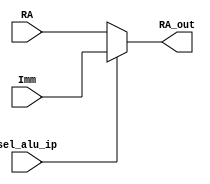
`timescale 1ns / 1ps


module mux_RA_ip(Imm, RA, sel_alu_ip, RA_out);

input [7:0]RA;      //normal
input [7:0]Imm;   //LDI
input sel_alu_ip;
output [7:0]RA_out;

assign RA_out = (sel_alu_ip==1'b1)? Imm : RA;
 
endmodule